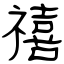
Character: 禧